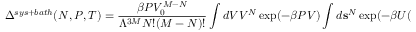
\Delta ^ { s y s + b a t h } ( N , P , T ) = { \frac { \beta P V _ { 0 } ^ { M - N } } { \Lambda ^ { 3 M } N ! ( M - N ) ! } } \int d V V ^ { N } \exp ( { - \beta P V } ) \int d \mathbf { s } ^ { N } \exp ( - \beta U ( \mathbf { s } ) )